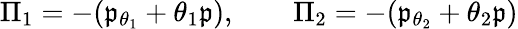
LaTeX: \Pi_{1}=-(\mathfrak{p}_{\theta_{1}}+\theta_{1}\mathfrak{p}),\qquad\Pi_{2}=-(\mathfrak{p}_{\theta_{2}}+\theta_{2}\mathfrak{p})